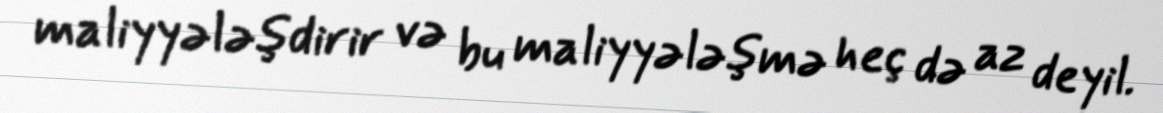
maliyyələşdirir və bu maliyyələşmə heç də az deyil.